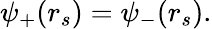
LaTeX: \psi_{+}(r_{s})=\psi_{-}(r_{s}).